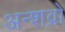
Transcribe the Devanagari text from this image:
अन्शव्रों